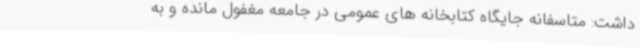
داشت: متاسفانه جایگاه کتابخانه های عمومی در جامعه مغفول مانده و به